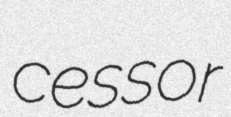
cessor